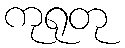
ကုရုတု